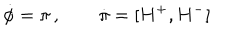
\dot { \phi } = \pi \, , \qquad \dot { \pi } = [ H ^ { + } , H ^ { - } ]